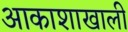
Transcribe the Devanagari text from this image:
आकाशाखाली